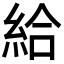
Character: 給